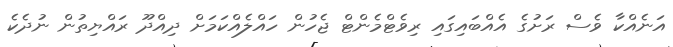
އަނެއްކާ ވެސް ރަށުގެ އެއްބައިގައި ރިވެޓްމެންޓް ޖެހުން ހައްލެއްކަމަށް ދިއްދޫ ރައްޔިތުން ނުދެކެ